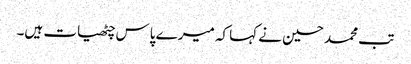
تب محمد حسین نے کہا کہ میرے پاس چٹھیات ہیں۔